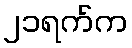
၂၁ရက်က